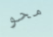
محو